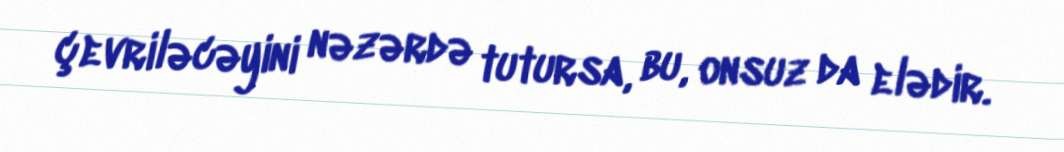
çevriləcəyini nəzərdə tutursa, bu, onsuz da elədir.